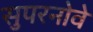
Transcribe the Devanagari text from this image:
सुपरनोवे